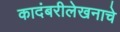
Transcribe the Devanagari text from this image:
कादंबरीलेखनाचे